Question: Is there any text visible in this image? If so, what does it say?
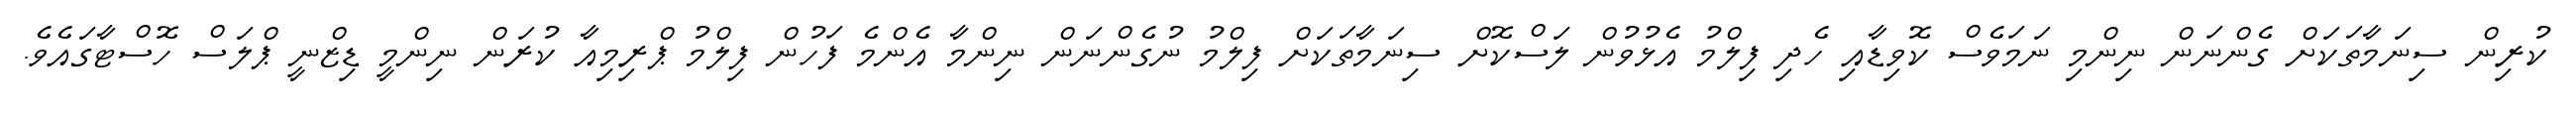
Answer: ކުރިން ސިނަމާތަކަށް ގެންނަން ނިންމި ނަމަވެސް ކޮވިޑާއި ހެދި ފިލްމު އެޅުވުން ލަސްކޮށް ސިނަމާތަކަށް ފިލްމު ނުގެންނަން ނިންމާ އެންމެ ފަހުން ފިލްމު ޕްރިމިއާ ކުރަން ނިންމީ ޑިޒްނީ ޕްލަސް ހޮސްޓާގައެވެ.